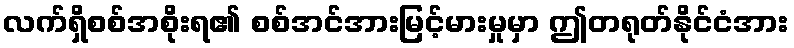
လက်ရှိစစ်အစိုးရ၏ စစ်အင်အားမြင့်မားမှုမှာ ဤတရုတ်နိုင်ငံအား